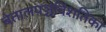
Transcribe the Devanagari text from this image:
बेतालपञ्चविंशतिका